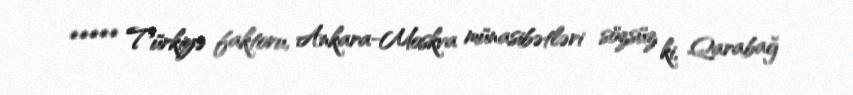
***** Türkiyə faktoru, Ankara-Moskva münasibətləri sözsüz ki, Qarabağ